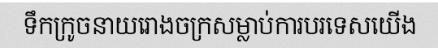
ទឹកក្រូចនាយរោងចក្រសម្លាប់ការបរទេសយើង